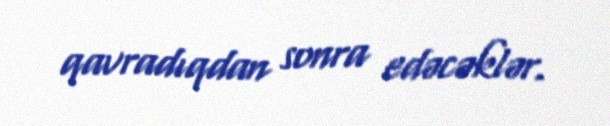
qavradıqdan sonra edəcəklər.